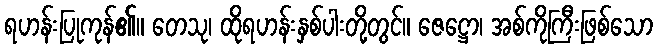
ရဟန်းပြုကုန်၏။ တေသု၊ ထိုရဟန်းနှစ်ပါးတို့တွင်။ ဇေဋ္ဌော၊ အစ်ကိုကြီးဖြစ်သော